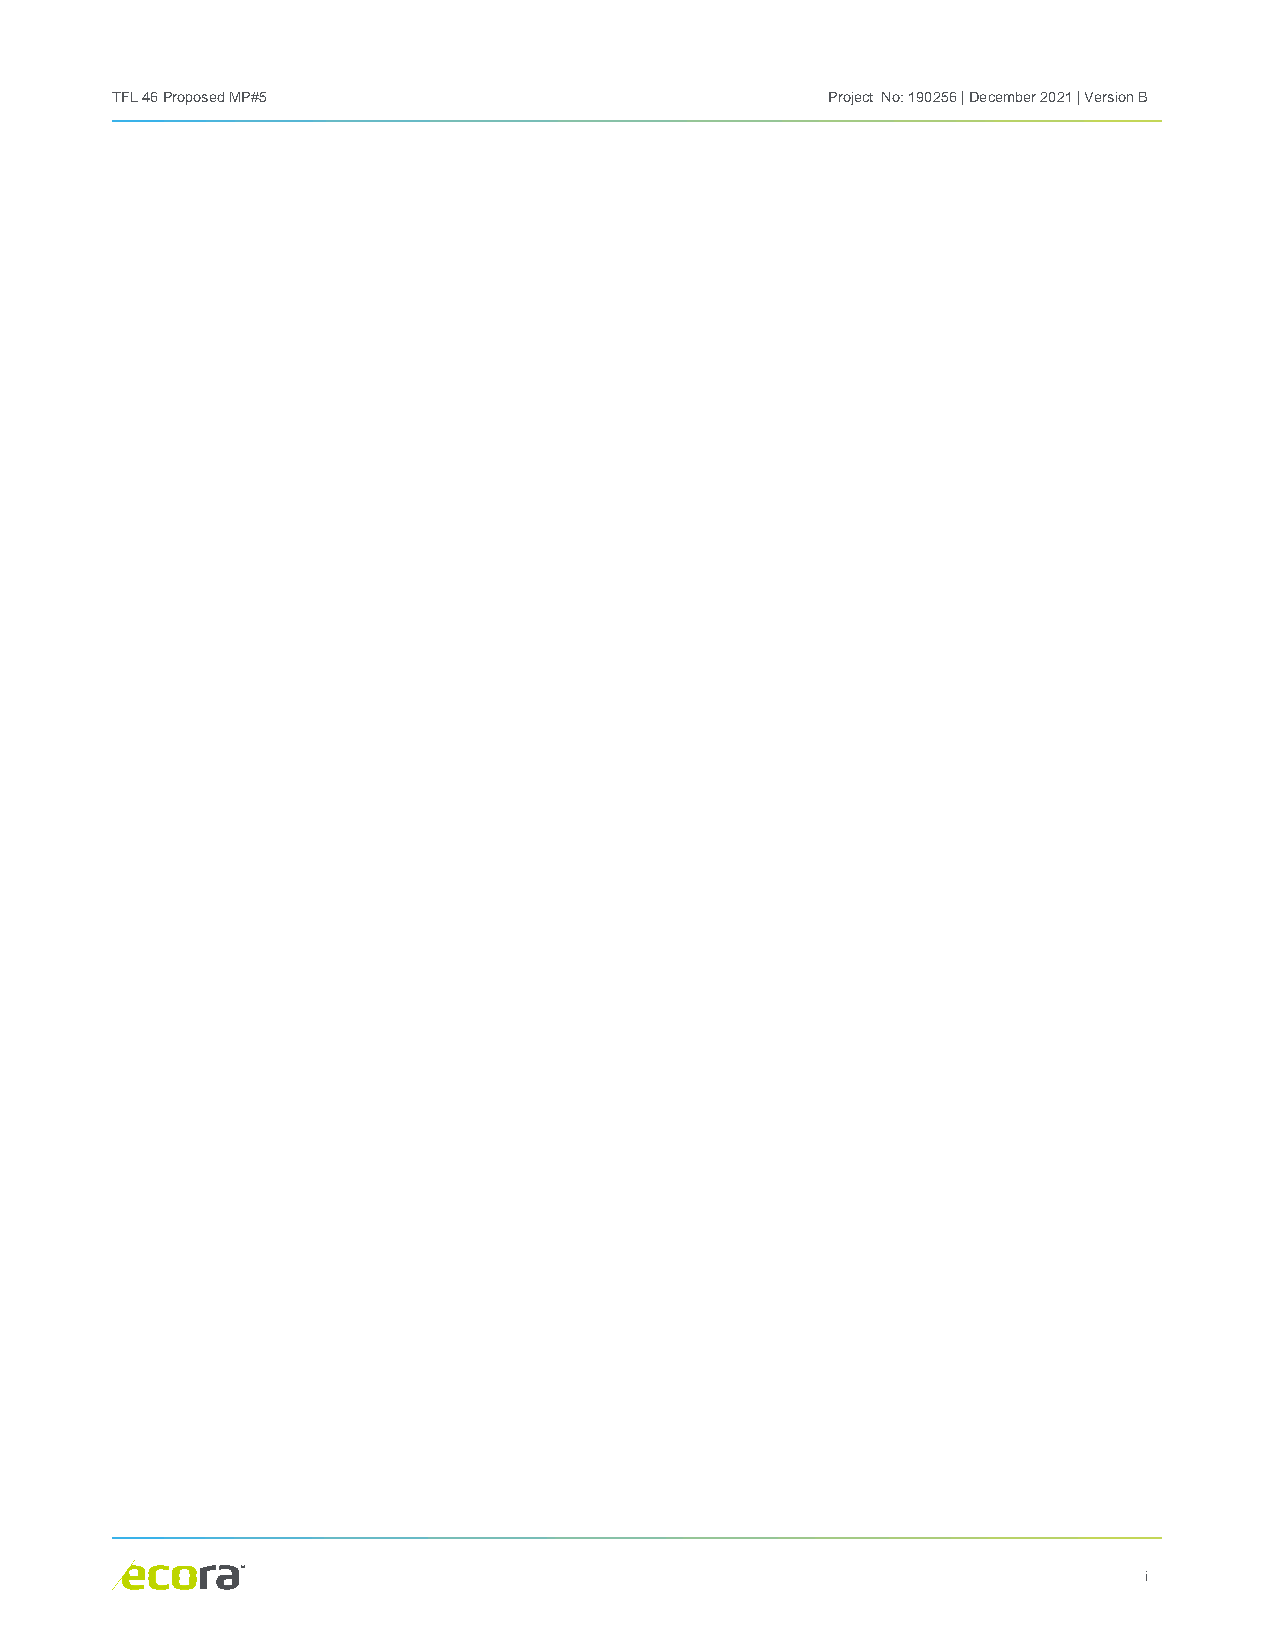
TFL 46 Proposed MP#5                            Project No: 190256 | December 2021 | Version B
 i